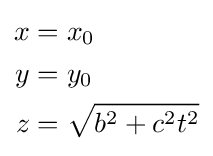
\scriptstyle {\begin{aligned}x&=x_{0}\\y&=y_{0}\\z&={\sqrt {b^{2}+c^{2}t^{2}}}\end{aligned}}